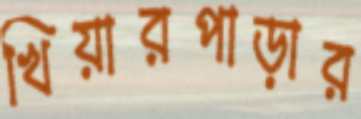
খিয়ারপাড়ার